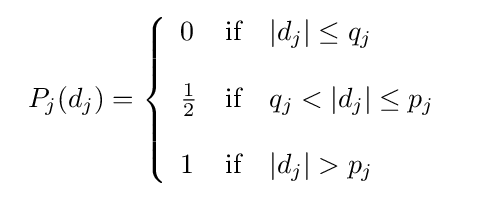
{\begin{array}{cc}P_{j}(d_{j})=\left\{{\begin{array}{lll}0&{\text{if}}&|d_{j}|\leq q_{j}\\\\{\frac {1}{2}}&{\text{if}}&q_{j}<|d_{j}|\leq p_{j}\\\\1&{\text{if}}&|d_{j}|>p_{j}\\\end{array}}\right.\end{array}}